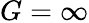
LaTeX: G=\infty